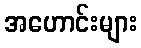
အဟောင်းများ